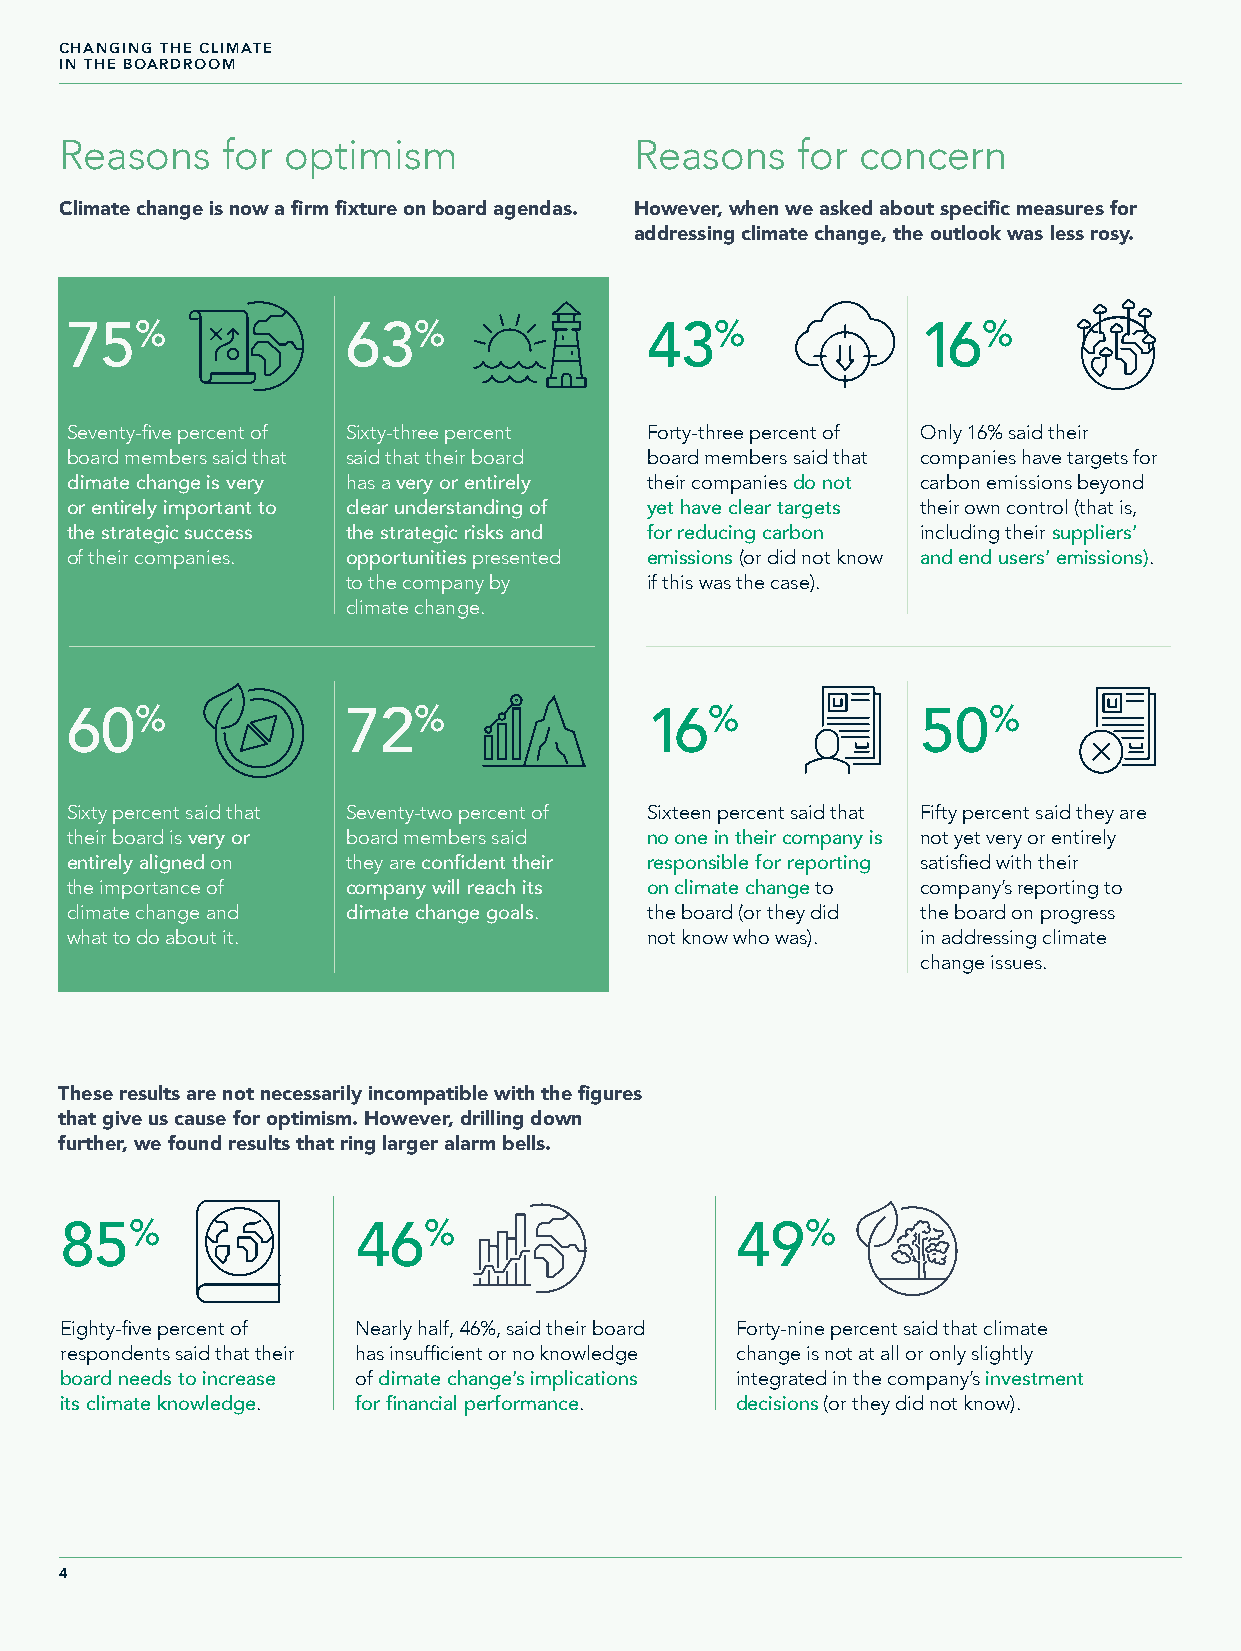
CHANGING THE CLIMATE
 IN THE BOARDROOM
 Reasons    for optimism               Reasons    for concern
 Climate change is now a firm fixture on board agendas. However, when we asked about specific measures for
 addressing climate change, the outlook was less rosy.
 75%                63%                 43%               16%
 Seventy-five percent of Sixty-three percent Forty-three percent of Only 16% said their
 board members said that said that their board board members said that companies have targets for
 climate change is very has a very or entirely their companies do not carbon emissions beyond
 or entirely important to clear understanding of yet have clear targets their own control (that is,
 the strategic success the strategic risks and for reducing carbon including their suppliers’
 of their companies. opportunities presented emissions (or did not know and end users’ emissions).
 to the company by   if this was the case).
 climate change.
 60%                72%                 16%               50%
 Sixty percent said that Seventy-two percent of Sixteen percent said that Fifty percent said they are
 their board is very or board members said no one in their company is not yet very or entirely
 entirely aligned on they are confident their responsible for reporting satisfied with their
 the importance of  company will reach its on climate change to company’s reporting to
 climate change and climate change goals. the board (or they did the board on progress
 what to do about it.                   not know who was). in addressing climate
 change issues.
 These results are not necessarily incompatible with the figures
 that give us cause for optimism. However, drilling down
 further, we found results that ring larger alarm bells.
 85%                 46%                      49%
 Eighty-five percent of Nearly half, 46%, said their board Forty-nine percent said that climate
 respondents said that their has insufficient or no knowledge change is not at all or only slightly
 board needs to increase of climate change’s implications integrated in the company’s investment
 its climate knowledge. for financial performance. decisions (or they did not know).
 4